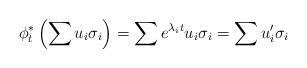
LaTeX: \begin{align*}\phi_t^*\left(\sum u_{i}\sigma_i\right)= \sum e^{\lambda_it}u_{i}\sigma_i= \sum u_{i}'\sigma_i\end{align*}